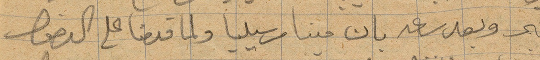
البحر وبعد ساعة بان مينا مرسيليا ولما قدمنا على الدخول